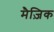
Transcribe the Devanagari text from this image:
मैज़िक